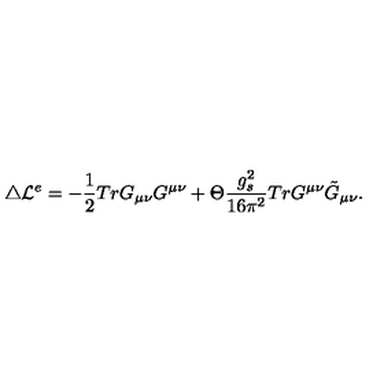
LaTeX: \triangle { \cal L } ^ { e } = - \frac { 1 } { 2 } T r G _ { \mu \nu } G ^ { \mu \nu } + \Theta \frac { g _ { s } ^ { 2 } } { 1 6 \pi ^ { 2 } } T r G ^ { \mu \nu } \tilde { G } _ { \mu \nu } .